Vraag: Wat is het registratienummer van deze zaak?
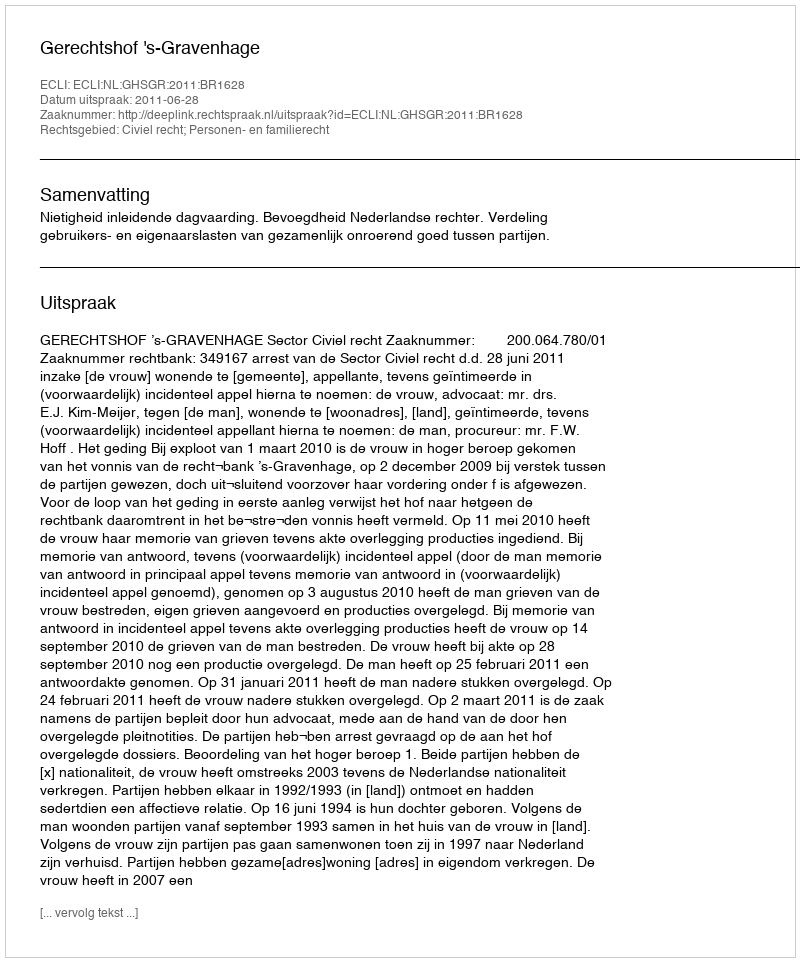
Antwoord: http://deeplink.rechtspraak.nl/uitspraak?id=ECLI:NL:GHSGR:2011:BR1628